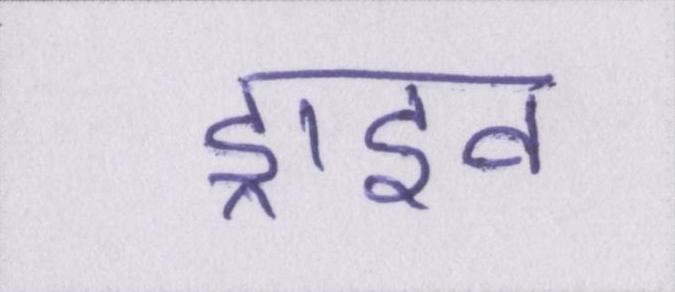
ड्राइव